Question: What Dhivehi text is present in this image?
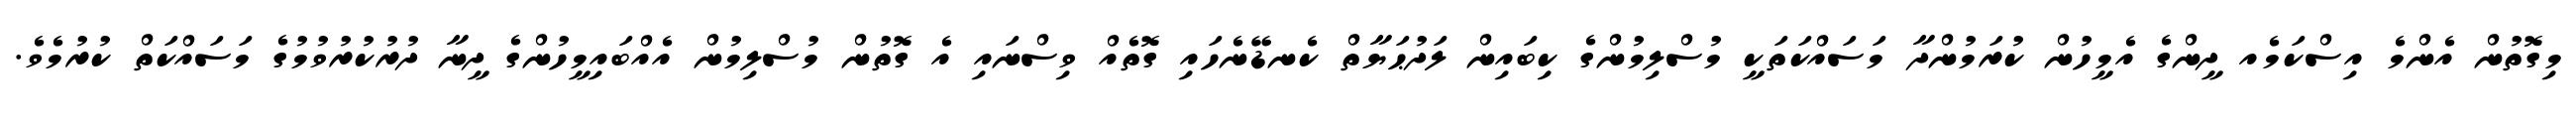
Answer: މިގޮތުން އެންމެ އިސްކަމެއ ދީންގެ އެމީހުން ކުރަމުންދާ މަސައްކަތަކީ މުސްލިމުންގެ ކިބައިން ލަދުޙަޔާތް ކެނޑޭނެހައި ގޮތެއް ވިސްނައި އެ ގޮތުން މުސްލިމުން އެއްބައިމީހުންގެ ދީނާ ދުރުކުރުވުމުގެ މަސައްކަތް ކުރުމެވެ.